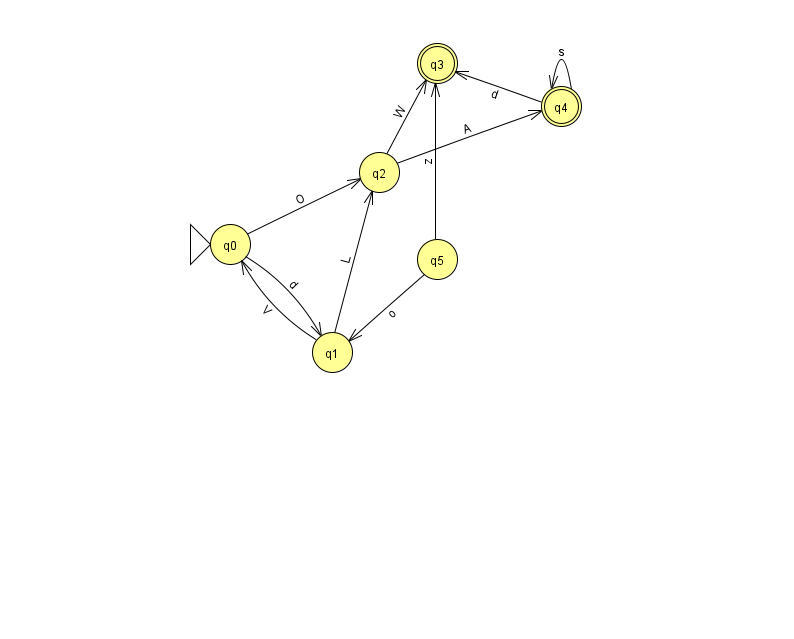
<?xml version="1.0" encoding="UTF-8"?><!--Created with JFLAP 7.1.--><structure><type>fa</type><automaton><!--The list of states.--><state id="0" name="q0"><x>230.0</x><y>231.0</y><initial/></state><state id="1" name="q1"><x>332.0</x><y>339.0</y></state><state id="2" name="q2"><x>379.0</x><y>159.0</y></state><state id="3" name="q3"><x>437.0</x><y>50.0</y><final/></state><state id="4" name="q4"><x>561.0</x><y>93.0</y><final/></state><state id="5" name="q5"><x>437.0</x><y>246.0</y></state><!--The list of transitions.--><transition><from>4</from><to>3</to><read>d</read></transition><transition><from>2</from><to>4</to><read>A</read></transition><transition><from>2</from><to>3</to><read>W</read></transition><transition><from>4</from><to>4</to><read>s</read></transition><transition><from>5</from><to>3</to><read>z</read></transition><transition><from>1</from><to>2</to><read>L</read></transition><transition><from>0</from><to>1</to><read>d</read></transition><transition><from>0</from><to>2</to><read>O</read></transition><transition><from>1</from><to>0</to><read>V</read></transition><transition><from>5</from><to>1</to><read>o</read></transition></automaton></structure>